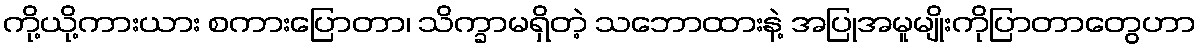
ကို့ယို့ကားယား စကားပြောတာ၊ သိက္ခာမရှိတဲ့ သဘောထားနဲ့ အပြုအမူမျိုးကိုပြာတာတွေဟာ